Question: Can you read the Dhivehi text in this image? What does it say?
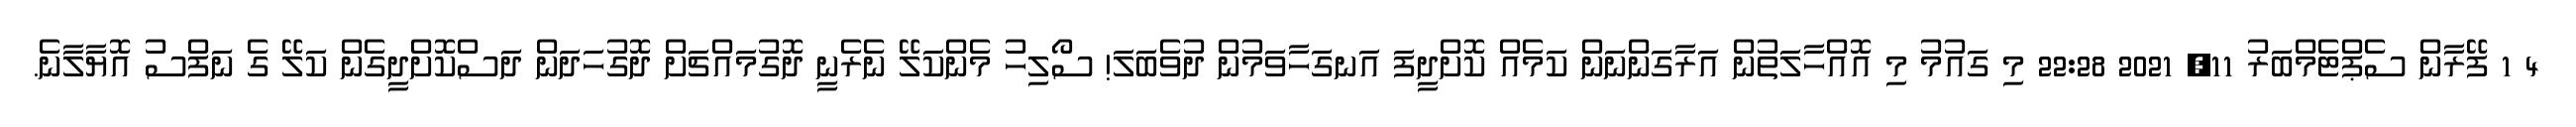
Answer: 4 1 ފޭރާން ސެޕްޓެމްބަރު 11, 2021 22:28 މި ގައުމު މި އޮއްހާލަތުން އަރާގަންނަން ކަމެއް ކޮށްދީފަ އަނގަހާވަމުން ދުވެބަލަ! ސޯލިހު މެންކަލޭ ނެރެނީ ދޮގުމައްޗަށް ދޮގުހަދަން ދަސްކޮށްދީގެން ކަލޭ ގެ ނަފްސު އޮޔާލާނެ.